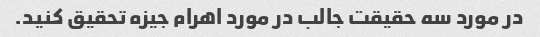
در مورد سه حقیقت جالب در مورد اهرام جیزه تحقیق کنید.